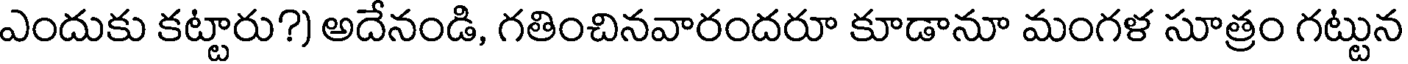
ఎందుకు కట్టారు?) అదేనండి, గతించినవారందరూ కూడానూ మంగళ సూత్రం గట్టున